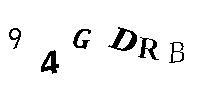
94GDRB